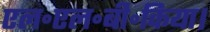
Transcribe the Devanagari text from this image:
एल॰एल॰बी॰किया।